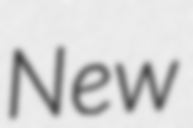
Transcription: New